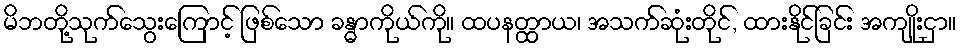
မိဘတို့သုက်သွေးကြောင့် ဖြစ်သော ခန္ဓာကိုယ်ကို။ ထပနတ္ထာယ၊ အသက်ဆုံးတိုင်, ထားနိုင်ခြင်း အကျိုးငှာ။